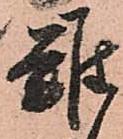
難